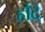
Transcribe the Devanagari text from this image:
र्होदे